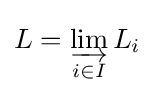
L=\varinjlim _{i\in I}L_{i}